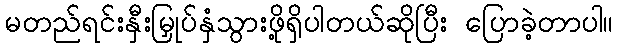
မတည်ရင်းနှီးမြှုပ်နှံသွားဖို့ရှိပါတယ်ဆိုပြီး ပြောခဲ့တာပါ။